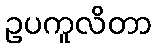
ဥပကူလိတာ